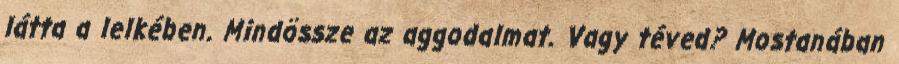
látta a lelkében. Mindössze az aggodalmat. Vagy téved? Mostanában